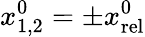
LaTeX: x_{1,2}^{0}=\pm x_{\mathrm{rel}}^{0}